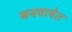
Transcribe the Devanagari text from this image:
बनवावेत